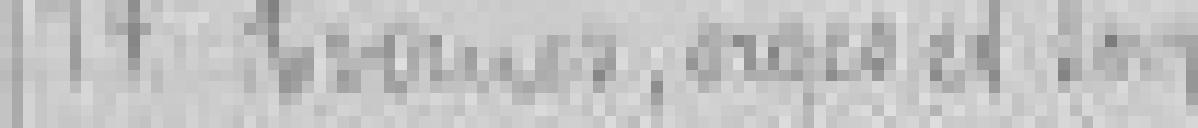
***, orges et son